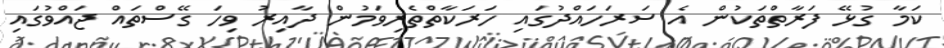
ކަމާ ގުޅޭ ފަރާތްތަކުން އެ ސަރަހައްދުގައި ހަރަކާތްތެރިވަމުން ދާއިރު ވިހަ ގޭސްތައް ޖައްވުގައި